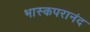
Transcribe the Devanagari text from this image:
भास्कपरानंद